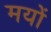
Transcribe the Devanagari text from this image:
मयों